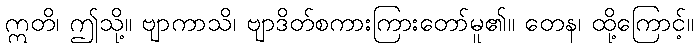
ဣတိ၊ ဤသို့။ ဗျာကာသိ၊ ဗျာဒိတ်စကားကြားတော်မူ၏။ တေန၊ ထို့ကြောင့်။